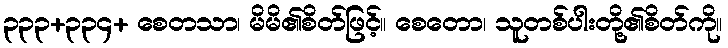
၃၃၃+၃၃၄+ စေတသာ၊ မိမိ၏စိတ်ဖြင့်။ စေတော၊ သူတစ်ပါးတို့၏စိတ်ကို။